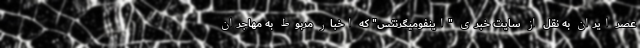
عصر ایران به نقل از سایت خبری "اینفومیگرنتس" که اخبار مربوط به مهاجران